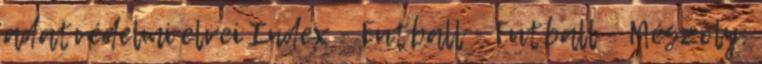
adatvédelmi elvei Index - Futball - Futball - Mészöly: